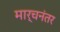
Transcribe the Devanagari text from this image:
मार्चनंतर